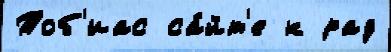
Тоб'иас са́йт'е к рад